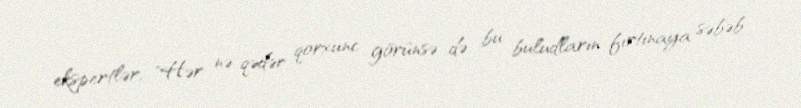
ekspertlər, "Hər nə qədər qorxunc görünsə də bu buludların fırtınaya səbəb